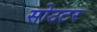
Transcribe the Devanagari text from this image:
सोउटर